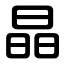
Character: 晶